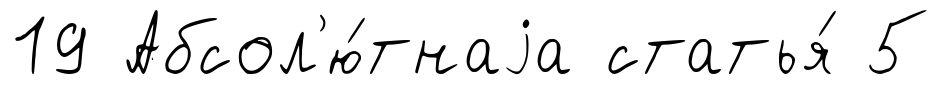
19 Абсол'ю́тнаjа статья́ 5